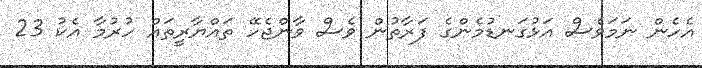
އެހެން ނަމަވެސް އަޅުގަނޑުމެންގެ ފަރާތުން ވެސް ވާންެޖެހޭ ތައްޔާރީތައް ހުރުމާ އެކު 23